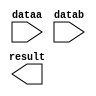
// megafunction wizard: %LPM_ADD_SUB%VBB%
// GENERATION: STANDARD
// VERSION: WM1.0
// MODULE: LPM_ADD_SUB 

// ============================================================
// Megafunction Name(s):
// 			LPM_ADD_SUB
//
// Simulation Library Files(s):
// 			lpm
// ============================================================
// ************************************************************
// THIS IS A WIZARD-GENERATED FILE. DO NOT EDIT THIS FILE!
//
// 13.1.0 Build 162 10/23/2013 SJ Full Version
// ************************************************************

//Copyright (C) 1991-2013 Altera Corporation
//Your use of Altera Corporation's design tools, logic functions 
//and other software and tools, and its AMPP partner logic 
//functions, and any output files from any of the foregoing 
//(including device programming or simulation files), and any 
//associated documentation or information are expressly subject 
//to the terms and conditions of the Altera Program License 
//Subscription Agreement, Altera MegaCore Function License 
//Agreement, or other applicable license agreement, including, 
//without limitation, that your use is for the sole purpose of 
//programming logic devices manufactured by Altera and sold by 
//Altera or its authorized distributors.  Please refer to the 
//applicable agreement for further details.

module stop2in1 (
	dataa,
	datab,
	result);

	input	[7:0]  dataa;
	input	[7:0]  datab;
	output	[7:0]  result;

endmodule

// ============================================================
// CNX file retrieval info
// ============================================================
// Retrieval info: PRIVATE: CarryIn NUMERIC "0"
// Retrieval info: PRIVATE: CarryOut NUMERIC "0"
// Retrieval info: PRIVATE: ConstantA NUMERIC "0"
// Retrieval info: PRIVATE: ConstantB NUMERIC "0"
// Retrieval info: PRIVATE: Function NUMERIC "0"
// Retrieval info: PRIVATE: INTENDED_DEVICE_FAMILY STRING "Cyclone V"
// Retrieval info: PRIVATE: LPM_PIPELINE NUMERIC "0"
// Retrieval info: PRIVATE: Latency NUMERIC "0"
// Retrieval info: PRIVATE: Overflow NUMERIC "0"
// Retrieval info: PRIVATE: RadixA NUMERIC "10"
// Retrieval info: PRIVATE: RadixB NUMERIC "10"
// Retrieval info: PRIVATE: Representation NUMERIC "1"
// Retrieval info: PRIVATE: SYNTH_WRAPPER_GEN_POSTFIX STRING "0"
// Retrieval info: PRIVATE: ValidCtA NUMERIC "0"
// Retrieval info: PRIVATE: ValidCtB NUMERIC "0"
// Retrieval info: PRIVATE: WhichConstant NUMERIC "0"
// Retrieval info: PRIVATE: aclr NUMERIC "0"
// Retrieval info: PRIVATE: clken NUMERIC "0"
// Retrieval info: PRIVATE: nBit NUMERIC "8"
// Retrieval info: PRIVATE: new_diagram STRING "1"
// Retrieval info: LIBRARY: lpm lpm.lpm_components.all
// Retrieval info: CONSTANT: LPM_DIRECTION STRING "ADD"
// Retrieval info: CONSTANT: LPM_HINT STRING "ONE_INPUT_IS_CONSTANT=NO,CIN_USED=NO"
// Retrieval info: CONSTANT: LPM_REPRESENTATION STRING "UNSIGNED"
// Retrieval info: CONSTANT: LPM_TYPE STRING "LPM_ADD_SUB"
// Retrieval info: CONSTANT: LPM_WIDTH NUMERIC "8"
// Retrieval info: USED_PORT: dataa 0 0 8 0 INPUT NODEFVAL "dataa[7..0]"
// Retrieval info: USED_PORT: datab 0 0 8 0 INPUT NODEFVAL "datab[7..0]"
// Retrieval info: USED_PORT: result 0 0 8 0 OUTPUT NODEFVAL "result[7..0]"
// Retrieval info: CONNECT: @dataa 0 0 8 0 dataa 0 0 8 0
// Retrieval info: CONNECT: @datab 0 0 8 0 datab 0 0 8 0
// Retrieval info: CONNECT: result 0 0 8 0 @result 0 0 8 0
// Retrieval info: GEN_FILE: TYPE_NORMAL stop2in1.v TRUE
// Retrieval info: GEN_FILE: TYPE_NORMAL stop2in1.inc FALSE
// Retrieval info: GEN_FILE: TYPE_NORMAL stop2in1.cmp FALSE
// Retrieval info: GEN_FILE: TYPE_NORMAL stop2in1.bsf TRUE FALSE
// Retrieval info: GEN_FILE: TYPE_NORMAL stop2in1_inst.v FALSE
// Retrieval info: GEN_FILE: TYPE_NORMAL stop2in1_bb.v TRUE
// Retrieval info: LIB_FILE: lpm